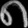
Digit: ၈